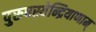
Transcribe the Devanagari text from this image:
पुरुषस्येन्द्रियाणाम्